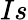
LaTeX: Is